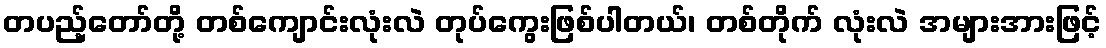
တပည့်တော်တို့ တစ်ကျောင်းလုံးလဲ တုပ်ကွေးဖြစ်ပါတယ်၊ တစ်တိုက် လုံးလဲ အများအားဖြင့်